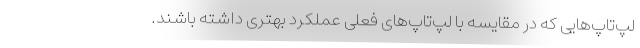
لپ‌تاپ‌هایی که در مقایسه با لپ‌تاپ‌های فعلی عملکرد بهتری داشته باشند.